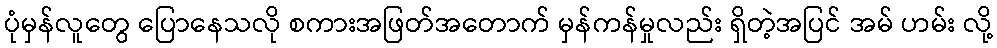
ပုံမှန်လူတွေ ပြောနေသလို စကားအဖြတ်အတောက် မှန်ကန်မှုလည်း ရှိတဲ့အပြင် အမ် ဟမ်း လို့